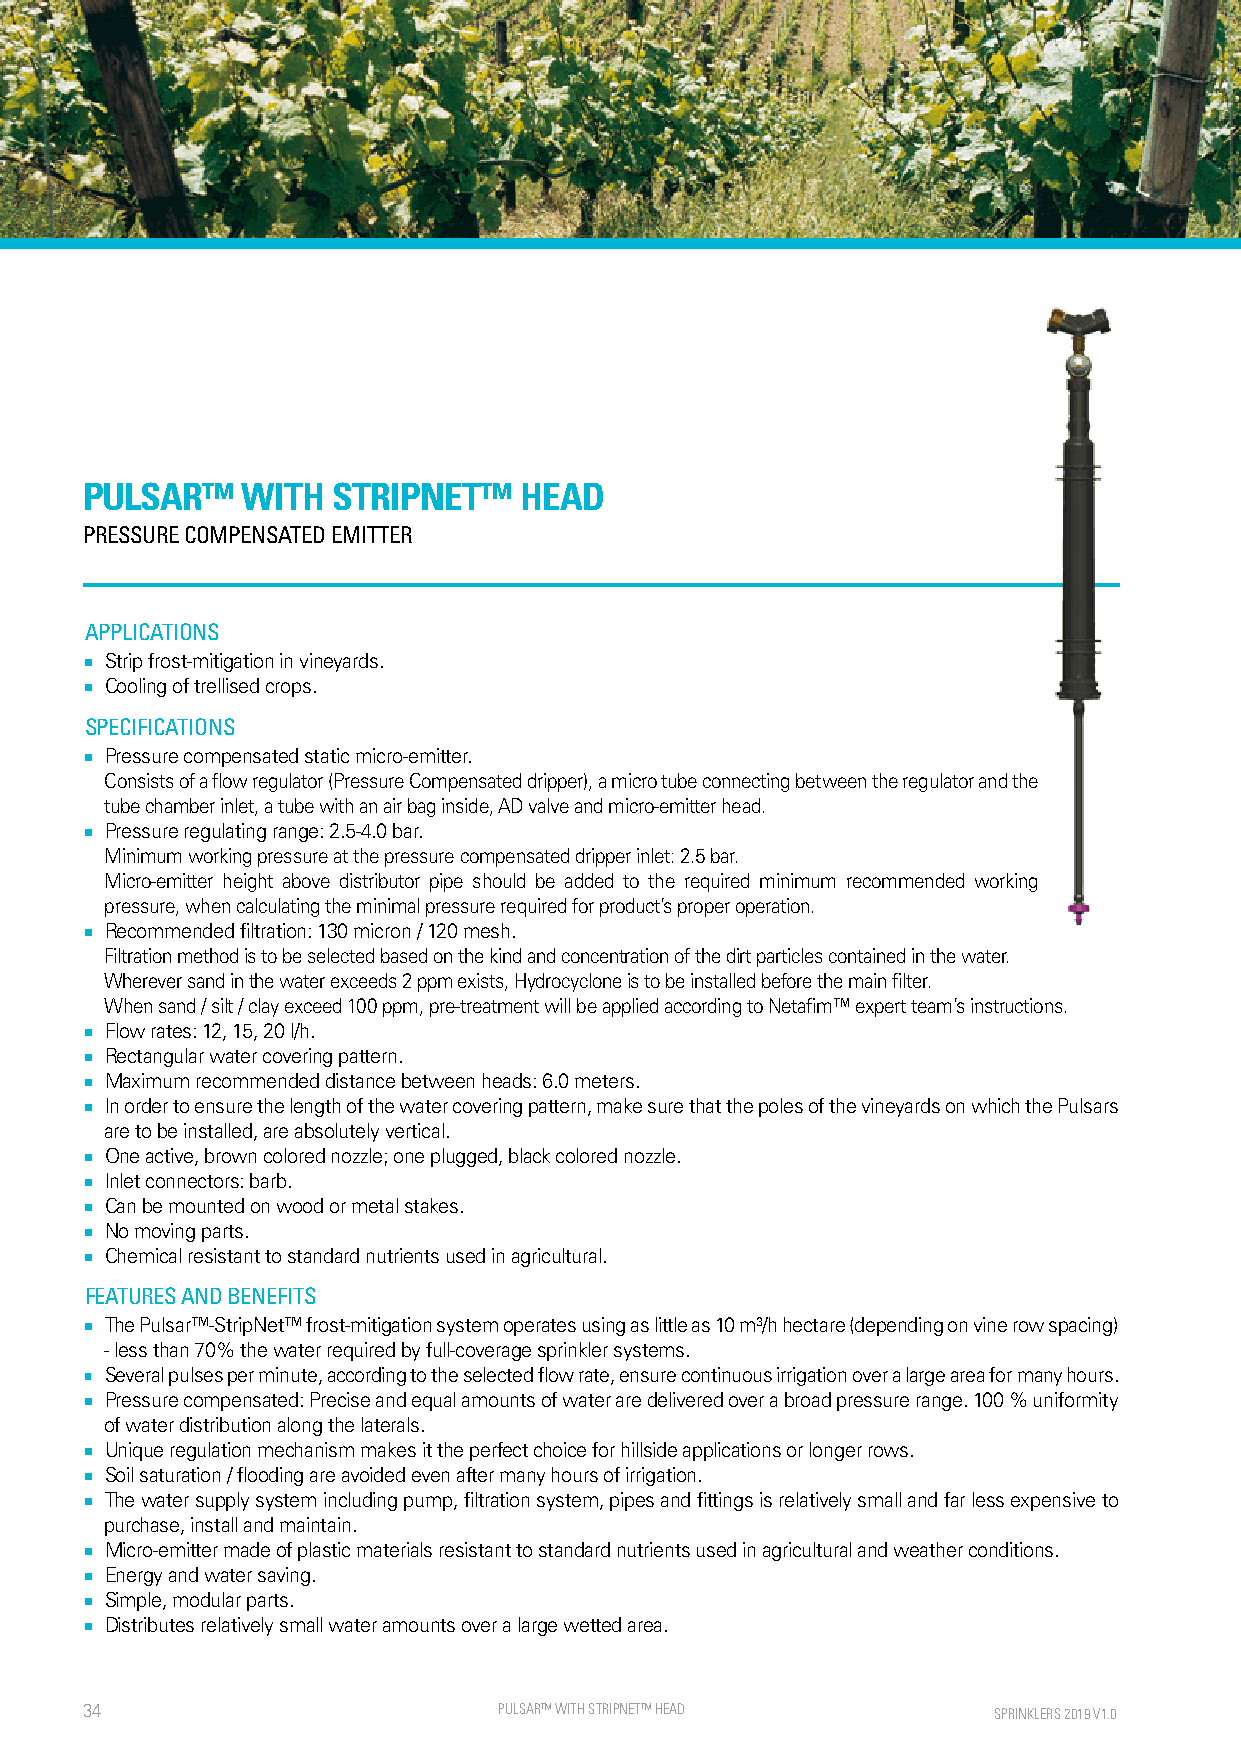
PULSAR™    WITH  STRIPNET™   HEAD
 PRESSURE COMPENSATED EMITTER
 APPLICATIONS
 ■ Strip frost-mitigation in vineyards.
 ■ Cooling of trellised crops.
 SPECIFICATIONS
 ■ Pressure compensated static micro-emitter.
 Consists of a flow regulator (Pressure Compensated dripper), a micro tube connecting between the regulator and the
 tube chamber inlet, a tube with an air bag inside, AD valve and micro-emitter head.
 ■ Pressure regulating range: 2.5-4.0 bar.
 Minimum working pressure at the pressure compensated dripper inlet: 2.5 bar.
 Micro-emitter height above distributor pipe should be added to the required minimum recommended working
 pressure, when calculating the minimal pressure required for product’s proper operation.
 ■ Recommended filtration: 130 micron / 120 mesh.
 Filtration method is to be selected based on the kind and concentration of the dirt particles contained in the water.
 Wherever sand in the water exceeds 2 ppm exists, Hydrocyclone is to be installed before the main filter.
 When sand / silt / clay exceed 100 ppm, pre-treatment will be applied according to Netafim™ expert team’s instructions.
 ■ Flow rates: 12, 15, 20 l/h.
 ■ Rectangular water covering pattern.
 ■ Maximum recommended distance between heads: 6.0 meters.
 ■ In order to ensure the length of the water covering pattern, make sure that the poles of the vineyards on which the Pulsars
 are to be installed, are absolutely vertical.
 ■ One active, brown colored nozzle; one plugged, black colored nozzle.
 ■ Inlet connectors: barb.
 ■ Can be mounted on wood or metal stakes.
 ■ No moving parts.
 ■ Chemical resistant to standard nutrients used in agricultural.
 FEATURES AND BENEFITS
 ■ The Pulsar™-StripNet™ frost-mitigation system operates using as little as 10 m³/h hectare (depending on vine row spacing)
 - less than 70% the water required by full-coverage sprinkler systems.
 ■ Several pulses per minute, according to the selected flow rate, ensure continuous irrigation over a large area for many hours.
 ■ Pressure compensated: Precise and equal amounts of water are delivered over a broad pressure range. 100 % uniformity
 of water distribution along the laterals.
 ■ Unique regulation mechanism makes it the perfect choice for hillside applications or longer rows.
 ■ Soil saturation / flooding are avoided even after many hours of irrigation.
 ■ The water supply system including pump, filtration system, pipes and fittings is relatively small and far less expensive to
 purchase, install and maintain.
 ■ Micro-emitter made of plastic materials resistant to standard nutrients used in agricultural and weather conditions.
 ■ Energy and water saving.
 ■ Simple, modular parts.
 ■ Distributes relatively small water amounts over a large wetted area.
 34                          PULSAR™ WITH S TRIPNET™ HEAD     SPRINKLERS 2019 V1.0